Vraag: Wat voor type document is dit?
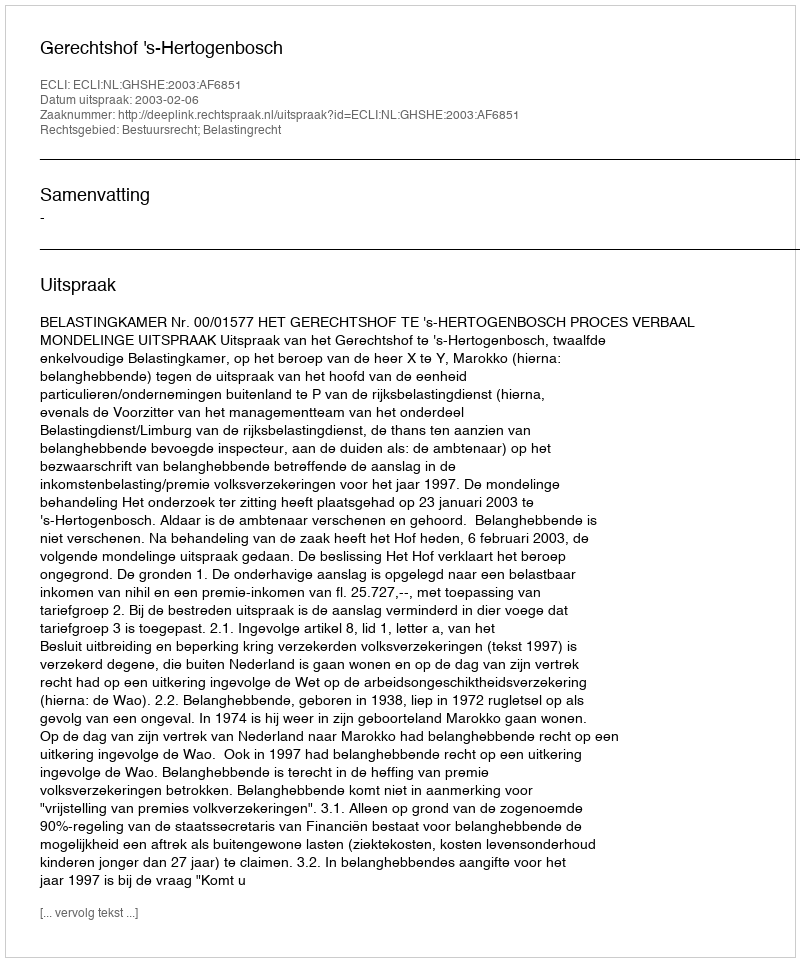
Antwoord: Uitspraak